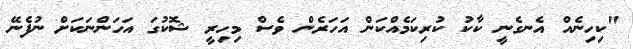
"ކިހިނެއް އެނގެނީ ކާކު ކުރިކަމެއްކަން އަހަރެން ވެސް މިހިރީ ޝޮކުގަ އަހަންނަކަށް ނުފެނޭ